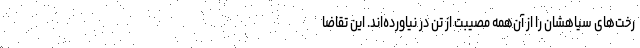
رخت‌های سیاهشان را از آن‌همه مصیبت از تن در نیاورده‌اند. این تقاضا